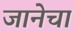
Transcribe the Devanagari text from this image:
जानेचा